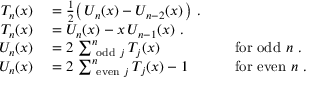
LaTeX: \begin{array} { r l r l } { T _ { n } ( x ) } & { { } = { \frac { 1 } { 2 } } { \big ( } \, U _ { n } ( x ) - U _ { n - 2 } ( x ) \, { \big ) } ~ . } & { } & { { } } \\ { T _ { n } ( x ) } & { { } = U _ { n } ( x ) - x \, U _ { n - 1 } ( x ) ~ . } & { } & { { } } \\ { U _ { n } ( x ) } & { { } = 2 \, \sum _ { { \mathrm { ~ o d d ~ } } j } ^ { n } T _ { j } ( x ) } & { } & { { } { \mathrm { ~ f o r ~ o d d ~ } } n ~ . } \\ { U _ { n } ( x ) } & { { } = 2 \, \sum _ { { \mathrm { ~ e v e n ~ } } j } ^ { n } T _ { j } ( x ) - 1 } & { } & { { } { \mathrm { ~ f o r ~ e v e n ~ } } n ~ . } \end{array}